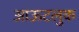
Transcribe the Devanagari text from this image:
आऊटलुक